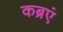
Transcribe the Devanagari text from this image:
कब्रएं